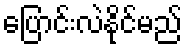
ပြောင်းလဲနိုင်မည်